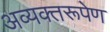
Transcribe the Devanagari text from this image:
अव्यक्तरूपेण